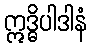
ဣဒ္ဓိပါဒါနံ